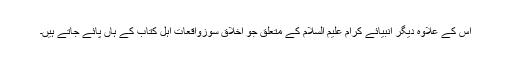
اس کے علاوہ دیگر انبیائے کرام علیم السلام کے متعلق جو اخلاق سوزواقعات اہل کتاب کے ہاں پائے جاتے ہیں۔